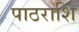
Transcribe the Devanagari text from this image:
पाठराशि